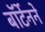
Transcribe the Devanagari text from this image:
बॉर्टेनने